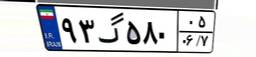
۹۳گ۵۸۰۰۵